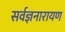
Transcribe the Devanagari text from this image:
सर्वज्ञनारायण